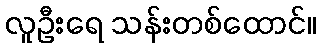
လူဦးရေ သန်းတစ်ထောင်။